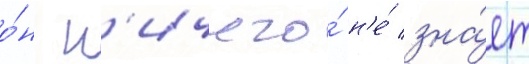
о́н н'ичего́ н'е́ зна́ет